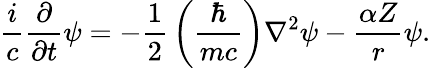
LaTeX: {\frac{i}{c}}{\frac{\partial}{\partial t}}\psi=-{\frac{1}{2}}\left({\frac{\hbar}{mc}}\right)\nabla^{2}\psi-{\frac{\alpha Z}{r}}\psi.